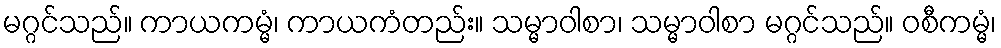
မဂ္ဂင်သည်။ ကာယကမ္မံ၊ ကာယကံတည်း။ သမ္မာဝါစာ၊ သမ္မာဝါစာ မဂ္ဂင်သည်။ ဝစီကမ္မံ၊